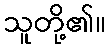
သူတို့၏။